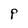
Character: P